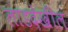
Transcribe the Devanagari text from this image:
लाडदेखील